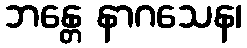
ဘန္တေ နာဂသေန၊